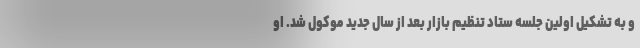
و به تشکیل اولین جلسه ستاد تنظیم بازار بعد از سال جدید موکول شد. او